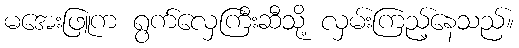
မအေးဖြူက ရွက်လှေကြီးဆီသို့ လှမ်းကြည့်နေသည်။